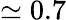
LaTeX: \simeq 0.7